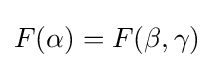
F(\alpha )=F(\beta ,\gamma )